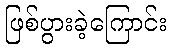
ဖြစ်ပွားခဲ့ကြောင်း